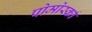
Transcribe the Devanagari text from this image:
पोमोर्स्का